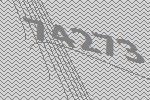
74273